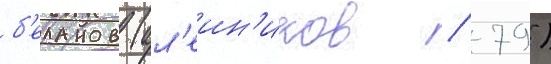
б'еланов (ал'еин'иков / 79)